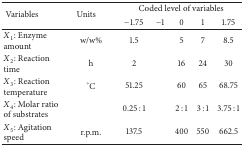
<table><thead><tr><td rowspan="2"><b> Variables</b></td><td rowspan="2"><b>Units</b></td><td colspan="5"><b>Coded level of variables</b></td></tr><tr><td><b>−1.75</b></td><td><b>−1</b></td><td><b>0</b></td><td><b>1</b></td><td><b>1.75</b></td></tr></thead><tbody><tr><td><i>X</i><sub>1</sub>: Enzyme amount</td><td>w/w%</td><td>1.5</td><td>[EMPTY_CELL]</td><td>5</td><td>7</td><td>8.5</td></tr><tr><td><i>X</i><sub>2</sub>: Reaction time</td><td>h</td><td>2</td><td>[EMPTY_CELL]</td><td>16</td><td>24</td><td>30</td></tr><tr><td><i>X</i><sub>3</sub>: Reaction temperature</td><td>°C</td><td>51.25</td><td>[EMPTY_CELL]</td><td>60</td><td>65</td><td>68.75</td></tr><tr><td><i>X</i><sub>4</sub>: Molar ratio of substrates</td><td>[EMPTY_CELL]</td><td>0.25 : 1</td><td>[EMPTY_CELL]</td><td>2 : 1</td><td>3 : 1</td><td>3.75 : 1</td></tr><tr><td><i>X</i><sub>5</sub>: Agitation speed</td><td>r.p.m.</td><td>137.5</td><td>[EMPTY_CELL]</td><td>400</td><td>550</td><td>662.5</td></tr></tbody></table>